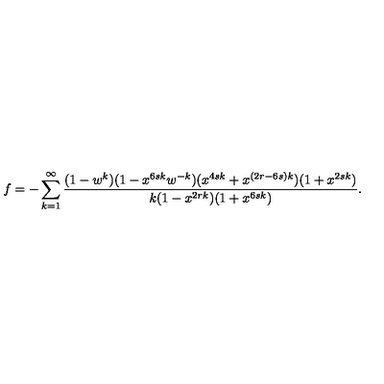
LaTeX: f = - \sum _ { k = 1 } ^ { \infty } \frac { ( 1 - w ^ { k } ) ( 1 - x ^ { 6 s k } w ^ { - k } ) ( x ^ { 4 s k } + x ^ { ( 2 r - 6 s ) k } ) ( 1 + x ^ { 2 s k } ) } { k ( 1 - x ^ { 2 r k } ) ( 1 + x ^ { 6 s k } ) } .